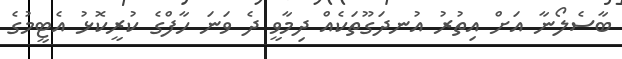
ބާސެލޯނާ އަށް އިތުރު އުނދަގޫތަކެއް ދިމާވީ ދެ ވަނަ ހާފްގެ ކުރީކޮޅު އެޓީމުގެ